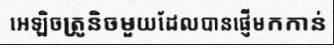
អេឡិចត្រូនិចមួយដែលបានផ្ញើមកកាន់